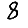
Digit: 8